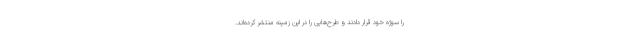
را سوژه خود قرار دادند و طرح‌هایی را در این زمینه منتشر کرده‌اند.